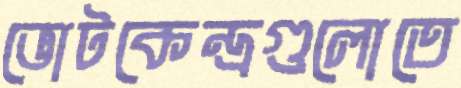
ভোটকেন্দ্রগুলোতে